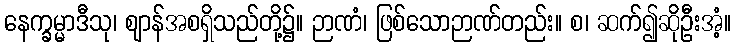
နေက္ခမ္မာဒီသု၊ ဈာန်အစရှိသည်တို့၌။ ဉာဏံ၊ ဖြစ်သောဉာဏ်တည်း။ စ၊ ဆက်၍ဆိုဦးအံ့။